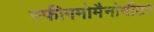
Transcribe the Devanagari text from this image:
स्फीगमोमैनोमीटर